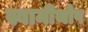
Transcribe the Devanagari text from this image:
स्वामीथोप